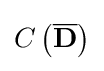
C\left({\overline {\mathbf {D} }}\right)